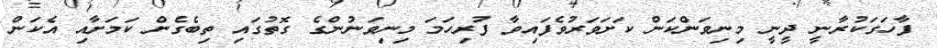
ފާހަގަކުރާނީ ދީނީ މިނިވަންކަން ކަށަވަރުވެފައިވާ ފުރިހަމަ މިނިވަނުންގެ ގޮތުގައި ތިބެގެން ކަމަށާއި އެކަން